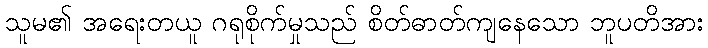
သူမ၏ အရေးတယူ ဂရုစိုက်မှုသည် စိတ်ဓာတ်ကျနေသော ဘူပတိအား